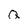
Character: Q